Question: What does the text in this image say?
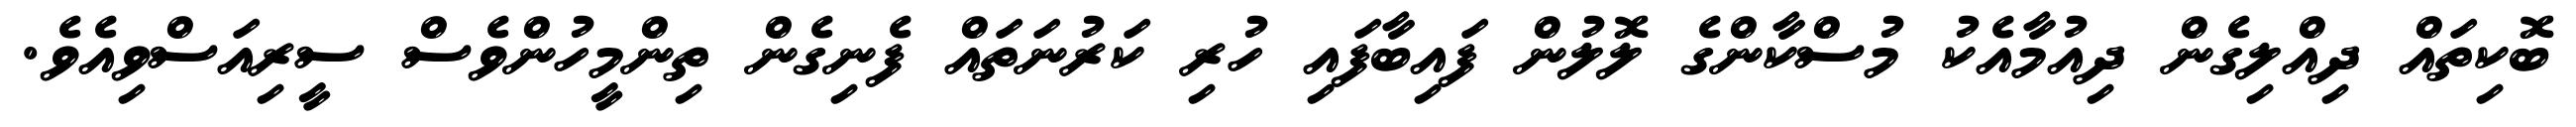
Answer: ބޮކިތައް ދިއްލިގެން ދިއުމާއެކު މުސްކާންގެ ލޮލުން ފައިބާފައި ހުރި ކަރުނަތައް ފެނިގެން ތިންމީހުންވެސް ސީރިއަސްވިއެވެ.